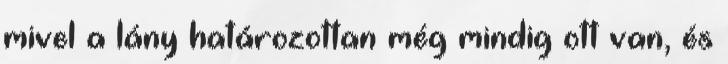
mivel a lány határozottan még mindig ott van, és